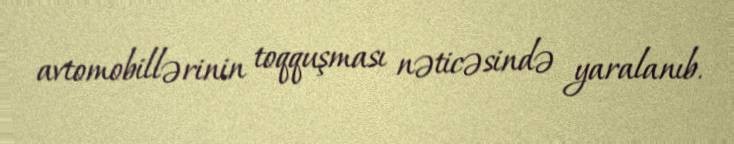
avtomobillərinin toqquşması nəticəsində yaralanıb.